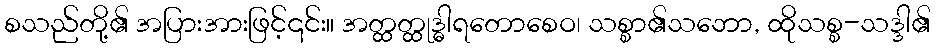
စသည်တို့၏ အပြားအားဖြင့်၎င်း။ အတ္ထတ္ထုဒ္ဓါရတောစေဝ၊ သစ္စာ၏သဘော, ထိုသစ္စ-သဒ္ဒါ၏